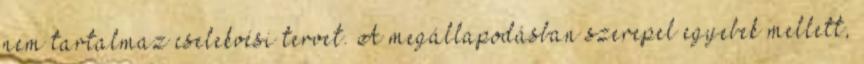
nem tartalmaz cselekvési tervet. A megállapodásban szerepel egyebek mellett,